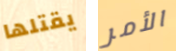
يقتلها الأمر